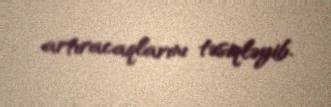
artıracaqlarını təsiqləyib.